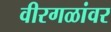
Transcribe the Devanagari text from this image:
वीरगळांवर